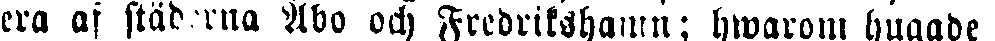
era af städerna Åbo och Fredrikshamn; hwarom hugade